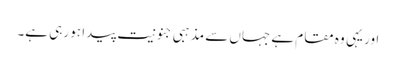
اور یہی وہ مقام ہے جہاں سے مذہبی جنونیت پیدا ہو رہی ہے۔